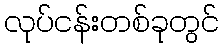
လုပ်ငန်းတစ်ခုတွင်